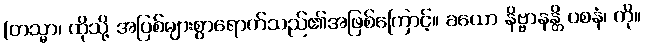
(တသ္မာ၊ ထိုသို့ အပြစ်များစွာရောက်သည်၏အဖြစ်ကြောင့်။ ခယော နိဗ္ဗာနန္တိ ဝစနံ၊ ကို။